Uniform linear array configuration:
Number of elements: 16
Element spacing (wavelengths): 0.75
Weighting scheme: blackman
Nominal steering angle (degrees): -45
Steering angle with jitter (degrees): -43.838
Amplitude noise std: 0.05
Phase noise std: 0.05

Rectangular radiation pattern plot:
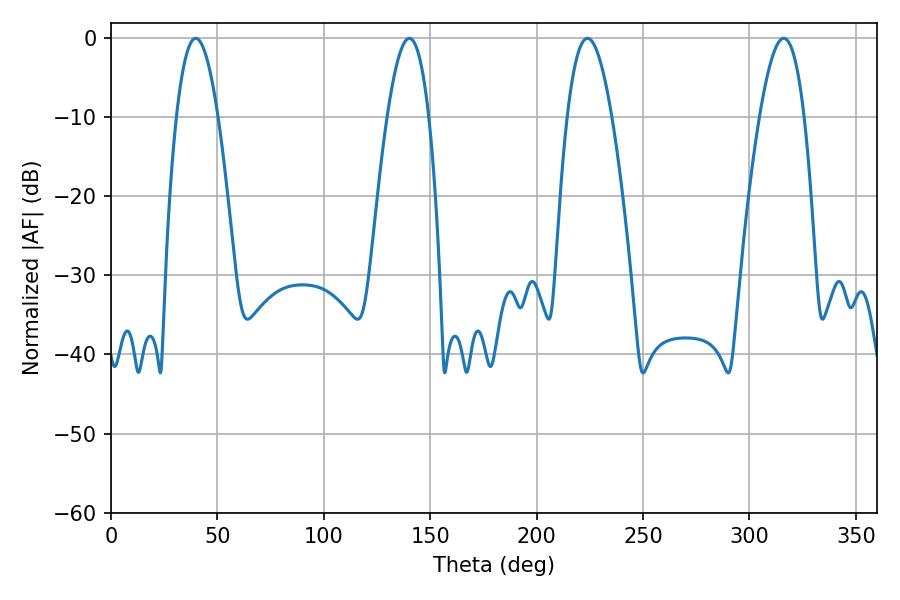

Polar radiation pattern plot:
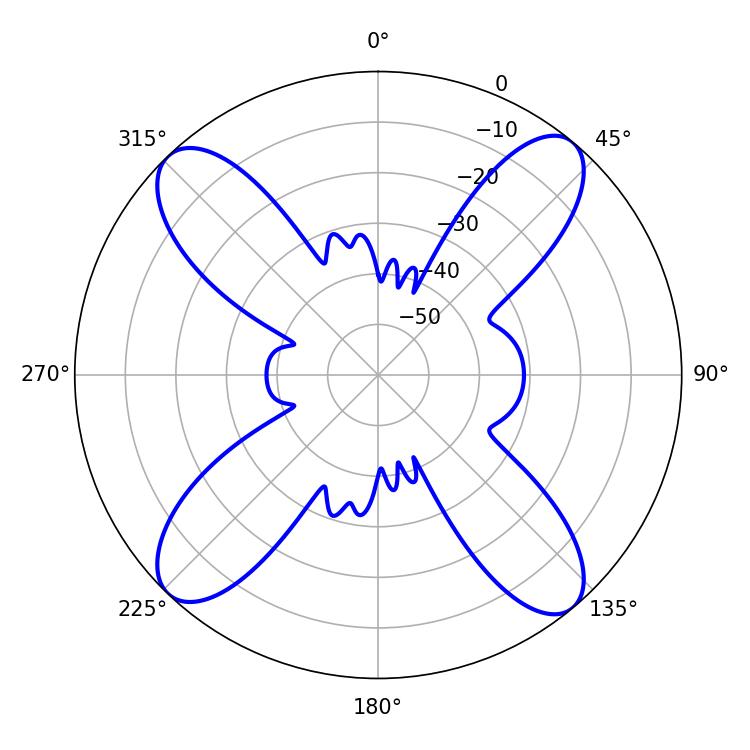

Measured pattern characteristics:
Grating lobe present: TRUE
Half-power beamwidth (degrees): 10.62
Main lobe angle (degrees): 39.78